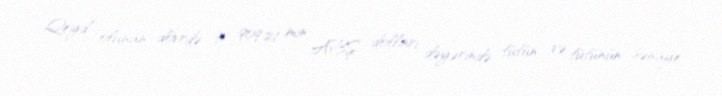
Qeyd olunan dövrdə 90 909.21 min ABŞ dolları dəyərində tütün və tütünün sənaye